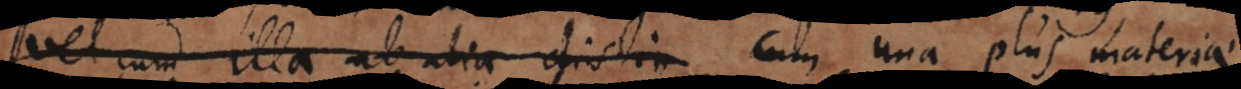
vel cum illa ab alia distin cum una plus materiae